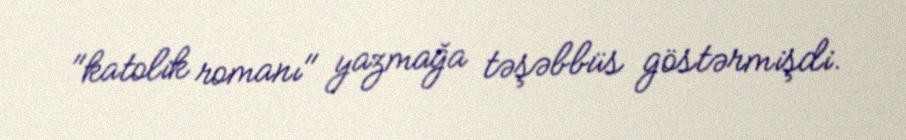
"katolik romanı" yazmağa təşəbbüs göstərmişdi.